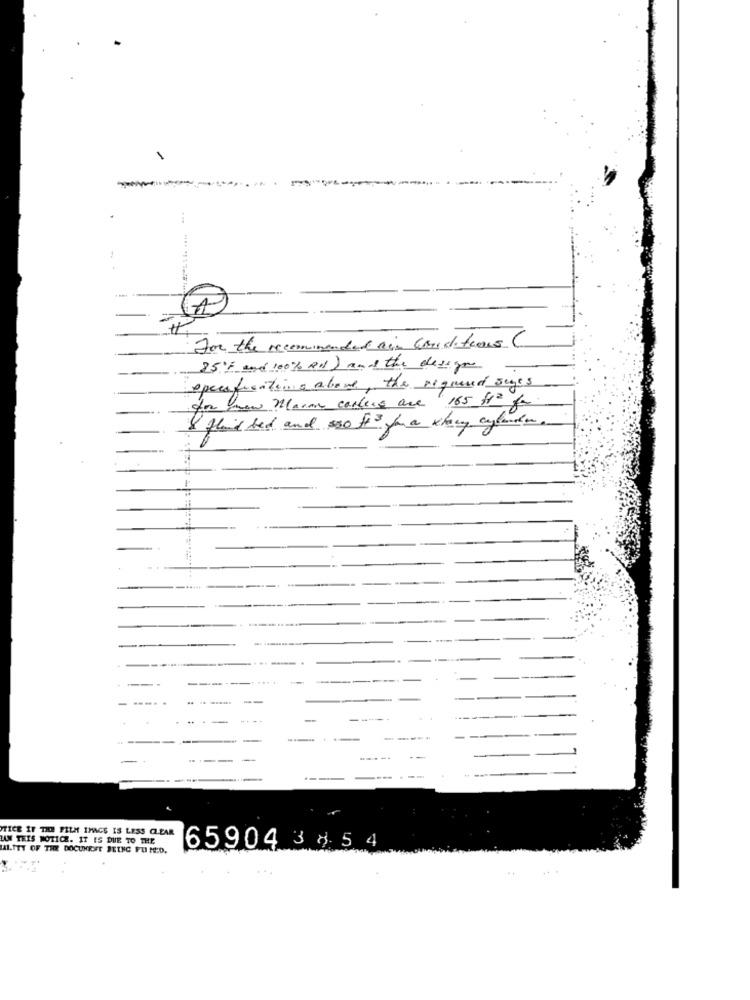
.
For the recommended ain conditions
85% and 100% RH) and the designer
specifications alone, the required suges
for new Manan carters are 165 H2 fr
& fluid bed and sso fit for a klary cylinder.
--
---
-
---
-----
--
--
TICE IF THE FILM IMAGE IS LESS CLEAR
LAM THIS NOTICE. IT IS DUE TO THE
MALTET OF THE DOCUMENT BEING FU MED.
659043 8 5 4